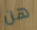
هن